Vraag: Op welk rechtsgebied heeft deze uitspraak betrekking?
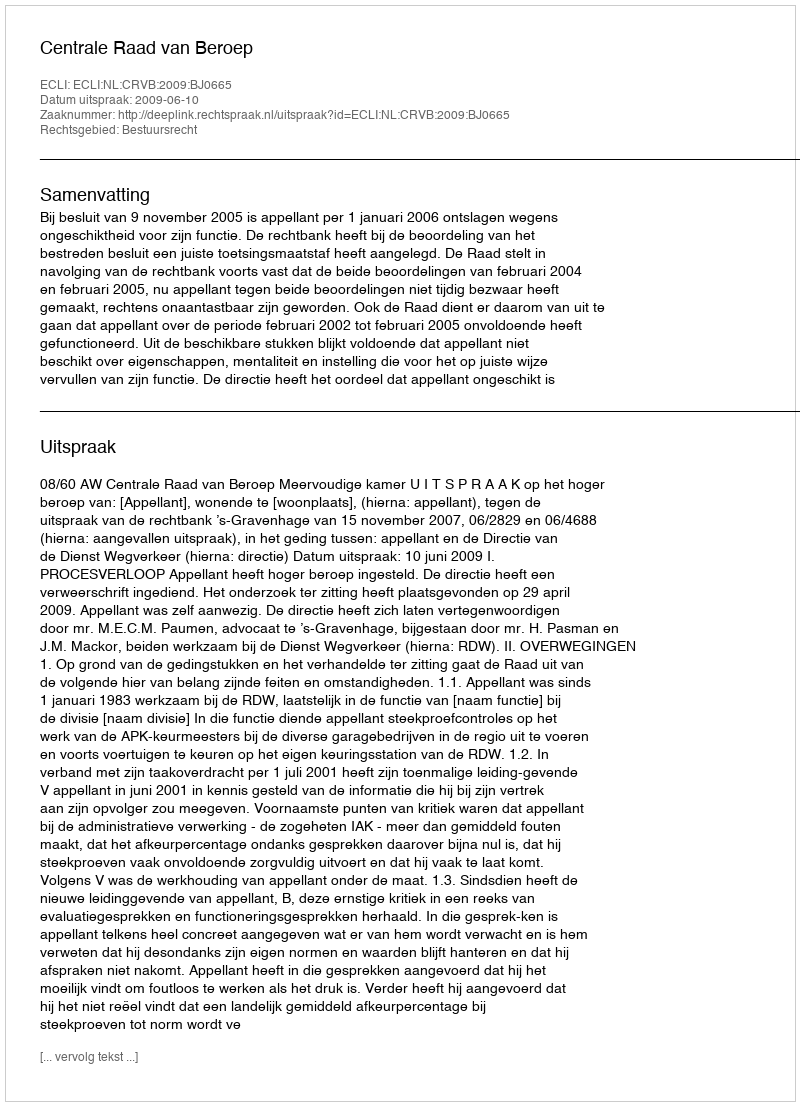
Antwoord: Bestuursrecht